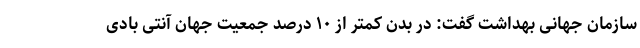
سازمان جهانی بهداشت گفت: در بدن کمتر از ۱۰ درصد جمعیت جهان آنتی بادی